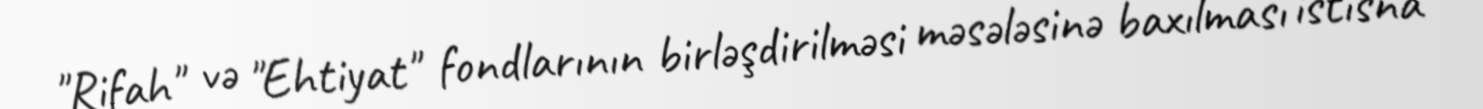
"Rifah" və "Ehtiyat" fondlarının birləşdirilməsi məsələsinə baxılması istisna